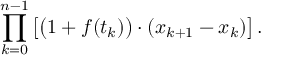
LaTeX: \prod _ { k = 0 } ^ { n - 1 } \left[ { \big ( } 1 + f ( t _ { k } ) { \big ) } \cdot ( x _ { k + 1 } - x _ { k } ) \right] .